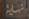
تمليت